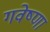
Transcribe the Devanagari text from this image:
गवेष्णा